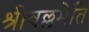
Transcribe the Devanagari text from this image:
श्रीवल्लभेति